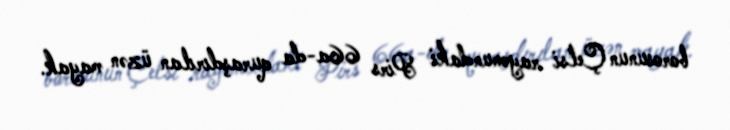
borosunun Çelsi rayonundaki Pirs 66a-da quraşdırılan üzən mayak.